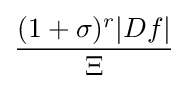
{\frac {(1+\sigma )^{r}|Df|}{\Xi }}